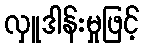
လှူဒါန်းမှုဖြင့်